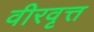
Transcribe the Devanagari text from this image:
वीरवृत्त